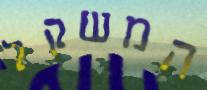
המשקל